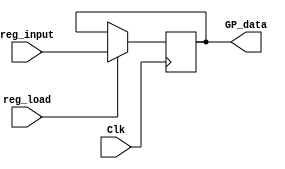
`timescale 1ns / 1ps

module GP_Register(
			reg_input,
			Clk,
			GP_data,
			reg_load
    );
	 
input [15:0] reg_input;
input Clk;
output reg [15:0] GP_data;
input reg_load;

always @(posedge Clk)
		begin
			if (reg_load)
				begin
					GP_data <=reg_input;
				end
		end
initial
		begin
		GP_data=16'b0;
		end


endmodule